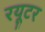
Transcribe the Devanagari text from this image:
रयूटर